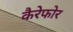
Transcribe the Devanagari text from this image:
कैरेफोर